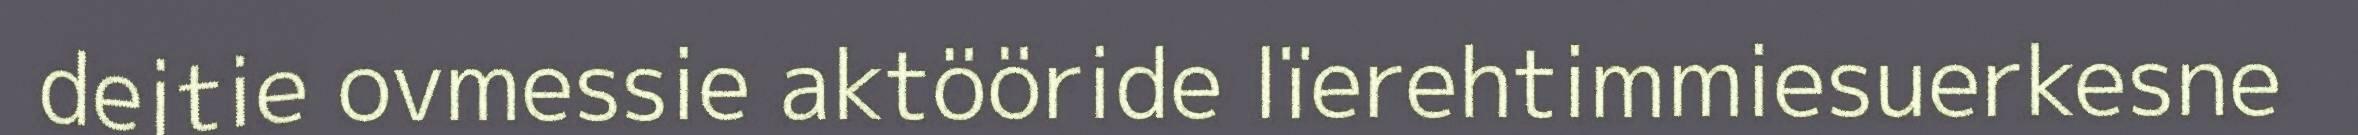
dejtie ovmessie aktööride lïerehtimmiesuerkesne